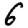
Digit: 6